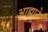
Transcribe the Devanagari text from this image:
आह्माने